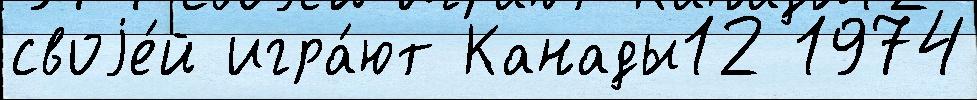
своjе́й игра́ют Канады12 1974